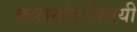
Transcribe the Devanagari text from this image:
कालखंडाविषयी